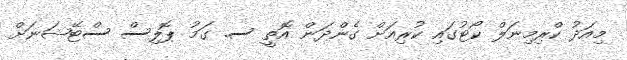
މިއަދު ކްރިމިނަލް ކޯޓުގައި ކުރިއަށް ގެންދަން އޮތީ ސ. ގަމު ޕޮލިސް ސްޓޭޝަނަށް